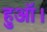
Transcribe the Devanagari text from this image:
हुऑ।